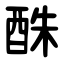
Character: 䣷